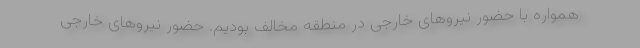
همواره با حضور نیروهای خارجی در منطقه مخالف بودیم. حضور نیروهای خارجی